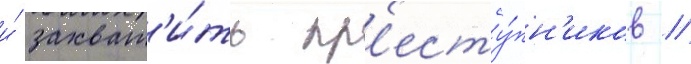
и́ захват'и́ть пр'есту́пн'иков //